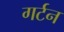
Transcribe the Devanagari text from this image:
गर्टन